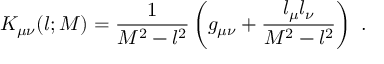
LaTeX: K _ { \mu \nu } ( l ; M ) = \frac { 1 } { M ^ { 2 } - l ^ { 2 } } \left( g _ { \mu \nu } + \frac { l _ { \mu } l _ { \nu } } { M ^ { 2 } - l ^ { 2 } } \right) ~ .